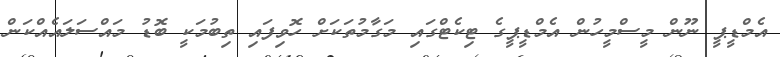
އެމްޑީޕީ ނޫން މީސްމީހުން އެމްޑީޕީގެ ޓިކެޓްގައި މަގާމުތަކަށް ހޮވިފައި ތިބުމަކީ ބޮޑު މައްސަލައެއްްކަން